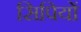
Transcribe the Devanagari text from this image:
सिपियों